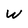
Character: W